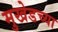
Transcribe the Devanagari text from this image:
मुखेडच्या